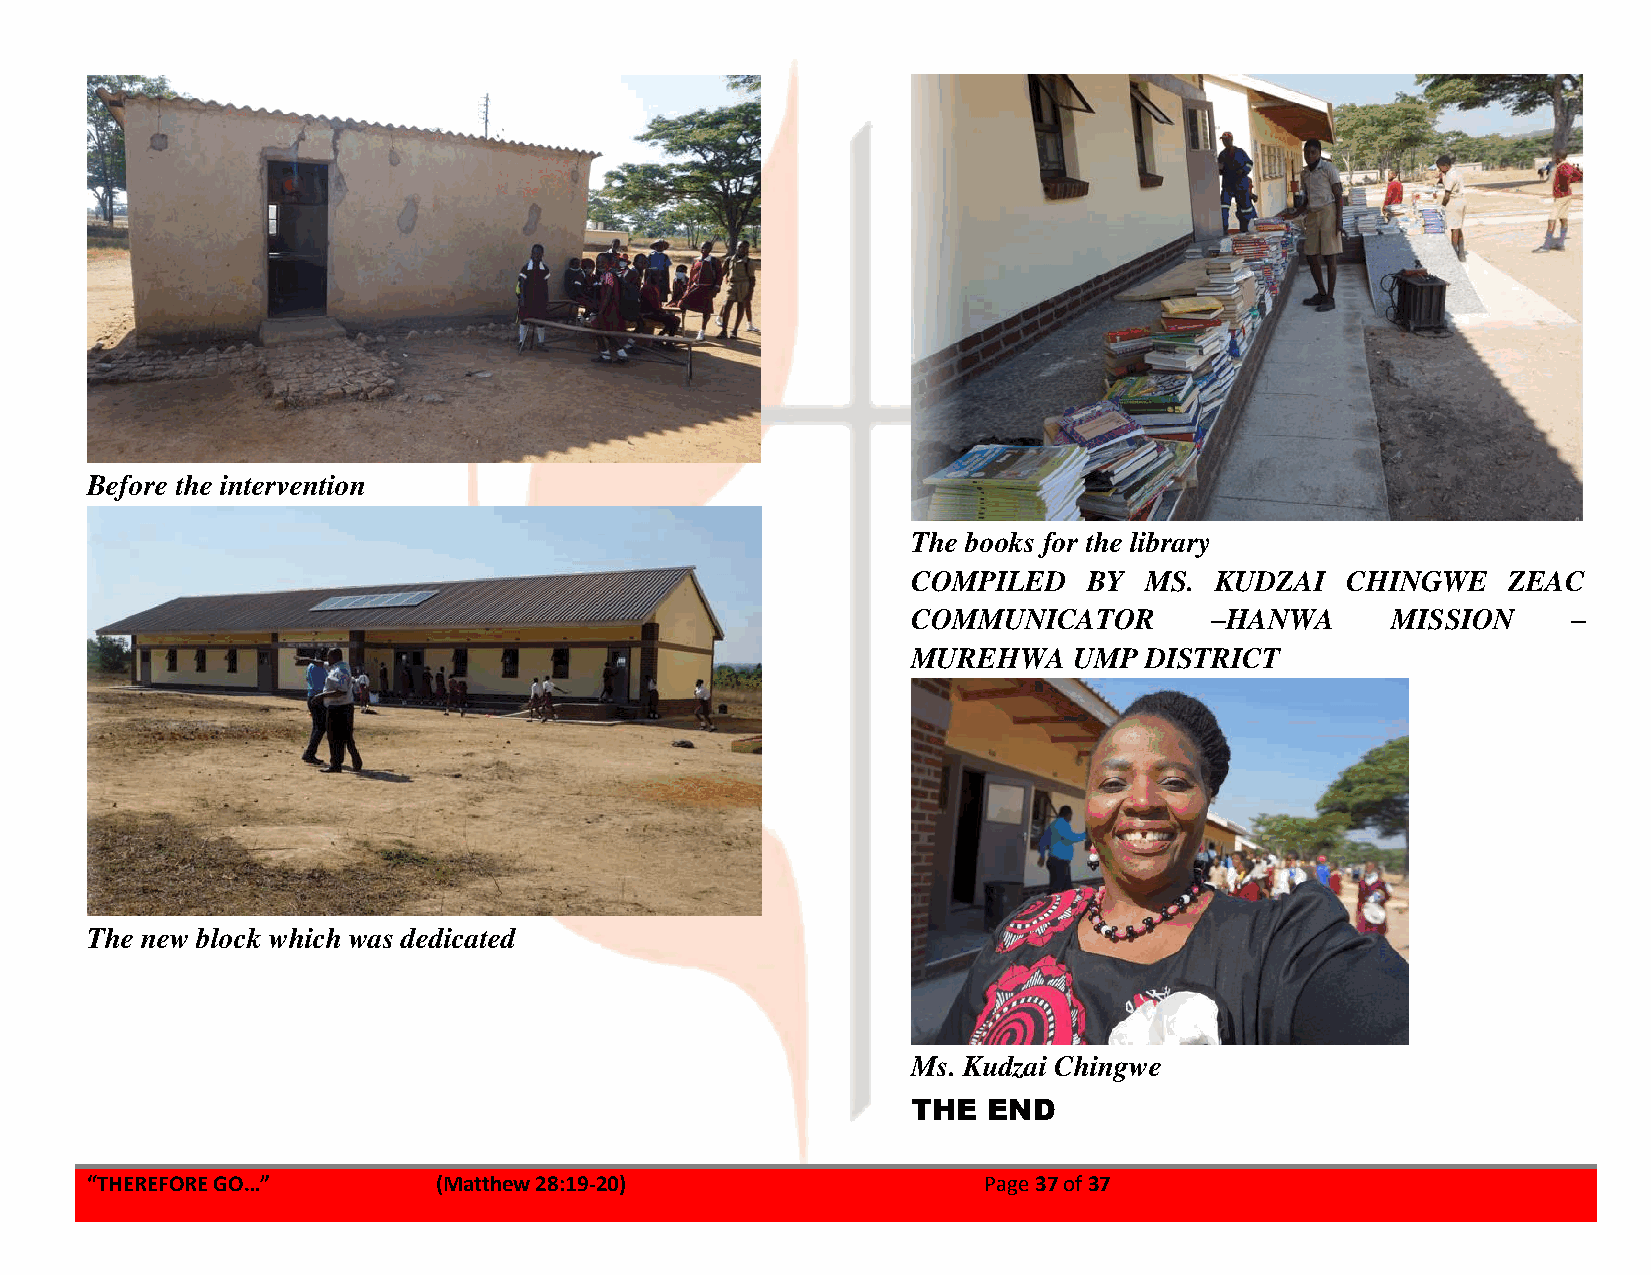
Before the intervention
 The books for the library
 COMPILED    BY  MS. KUDZAI   CHINGWE    ZEAC
 COMMUNICATOR        –HANWA      MISSION     –
 MUREHWA    UMP  DISTRICT
 The new block which was dedicated
 Ms. Kudzai Chingwe
 THE  END
 “THEREFORE GO…”        (Matthew 28:19-20)                  Page 37 of 37